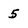
Character: 5